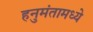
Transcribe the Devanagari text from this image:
हनुमंतामध्ये